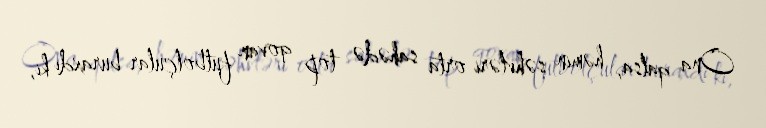
Ona qalsa, həmin səhvləri orta sahədə top qovan futbolçular buraxdı ki,